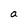
Character: a